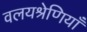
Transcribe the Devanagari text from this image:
वलयश्रेणियाँ